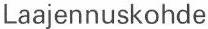
Laajennuskohde